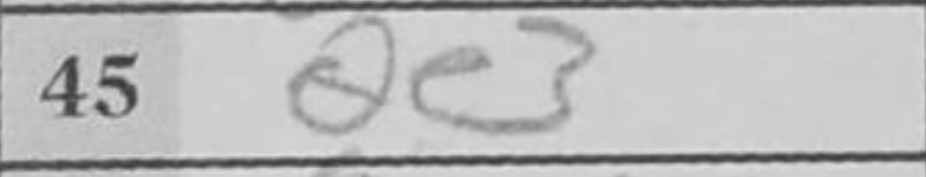
Transcription: Qe3